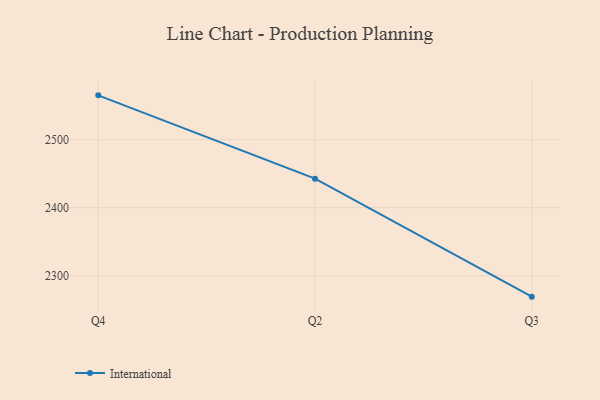
{"axis": {"x": "Quarter", "y": "Conversion Rate (%)"}, "legend": ["International"], "data": [{"x": "Q4", "y": 2565.1, "type": "International"}, {"x": "Q2", "y": 2442.7, "type": "International"}, {"x": "Q3", "y": 2269.3, "type": "International"}]}